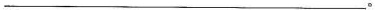
___。